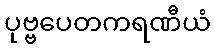
ပုဗ္ဗပေတကရဏီယံ